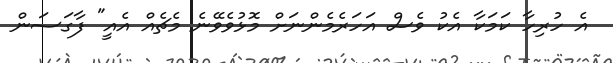
އެ ހުރިހާ ކަމަކާ އެކު ވެސް އަހަރެމެންނަށް މޮޅުވެވޭނެ މެޗެއް އެއީ" ފާގަސަން